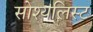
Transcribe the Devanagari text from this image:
सोश्यलिस्ट